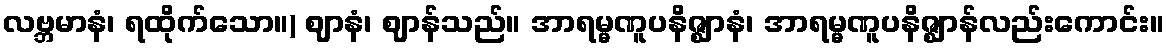
လဗ္ဘမာနံ၊ ရထိုက်သော။) ဈာနံ၊ ဈာန်သည်။ အာရမ္မဏူပနိဇ္ဈာနံ၊ အာရမ္မဏူပနိဇ္ဈာန်လည်းကောင်း။